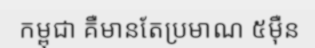
កម្ពុជា គឺមានតែប្រមាណ ៥ម៉ឺន